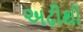
અઢીથી